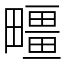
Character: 疅